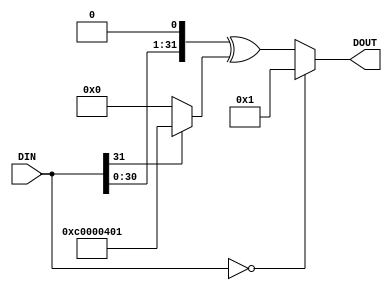
module lfsr32x2 (
 input  [31:0] DIN,
 output [31:0] DOUT);

assign DOUT = DIN == 32'd0
            ? 32'd1
            :   { DIN[30:0], 1'b0 }
              ^ ( DIN[31] ? 32'hC000_0401 : 32'd0 );

endmodule